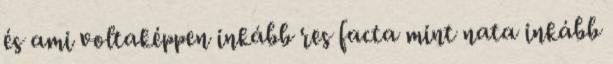
és ami voltaképpen inkább res facta mint nata inkább